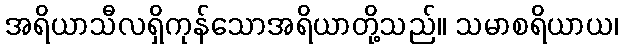
အရိယာသီလရှိကုန်သောအရိယာတို့သည်။ သမာစရိယာယ၊